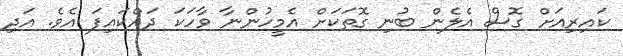
ކައިރިއަށް ގޮސް އެލެން ބުނި ގޮތަކަށް އެމީހުންނާ ވާހަކަ ދައްކައިފަ އެވެ. އަދި